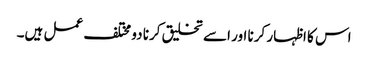
اس کا اظہار کرنا اور اسے تخلیق کرنا دو مختلف عمل ہیں۔